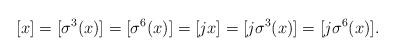
LaTeX: \begin{align*} [x]=[\sigma^3(x)]= [\sigma^6(x)]=[jx]=[j\sigma^3(x)]= [j\sigma^6(x)].\end{align*}